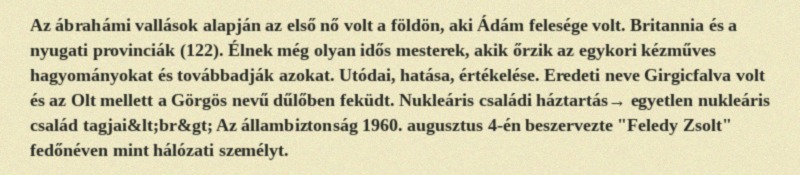
Az ábrahámi vallások alapján az első nő volt a földön, aki Ádám felesége volt. Britannia és a nyugati provinciák (122). Élnek még olyan idős mesterek, akik őrzik az egykori kézműves hagyományokat és továbbadják azokat. Utódai, hatása, értékelése. Eredeti neve Girgicfalva volt és az Olt mellett a Görgös nevű dűlőben feküdt. Nukleáris családi háztartás→ egyetlen nukleáris család tagjai&lt;br&gt; Az állambiztonság 1960. augusztus 4-én beszervezte "Feledy Zsolt" fedőnéven mint hálózati személyt.